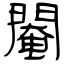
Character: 閹